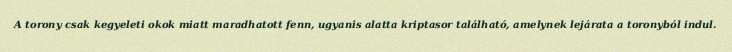
A torony csak kegyeleti okok miatt maradhatott fenn, ugyanis alatta kriptasor található, amelynek lejárata a toronyból indul.